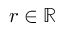
r \in \mathbb { R }